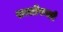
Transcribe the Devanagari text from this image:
सरतीफयडी